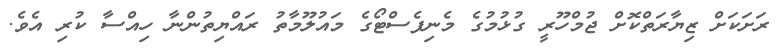
ރަށަކަށް ޒިޔާރަތްކޮށް ޖުމްހޫރީ ގުޅުމުގެ މެނިފެސްޓޯގެ މައުލޫމާތު ރައްޔިތުންނާ ހިއްސާ ކުރި އެވެ.